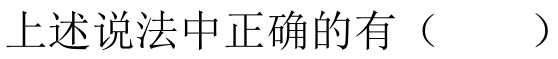
上述说法中正确的有（  ）